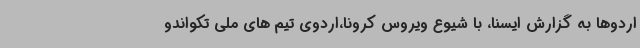
اردوها به گزارش ایسنا، با شیوع ویروس کرونا،اردوی تیم های ملی تکواندو